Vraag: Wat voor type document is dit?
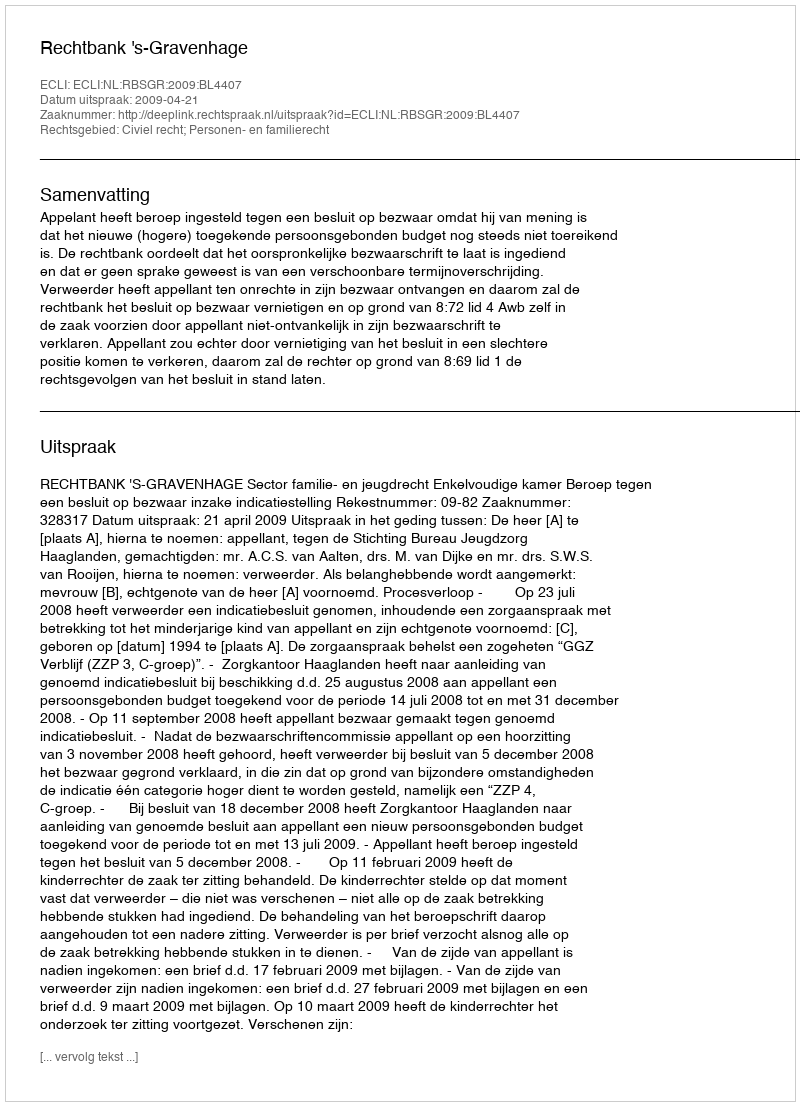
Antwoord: Uitspraak